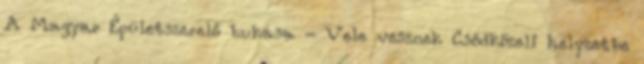
A Magyar Épületszerelő bukása - Vele vesznek Csődközeli helyzetbe